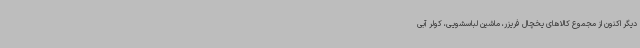
دیگر اکنون از مجموع کالاهای یخچال فریزر، ماشین لباسشویی، کولر آبی